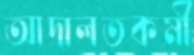
আদালতকর্মী